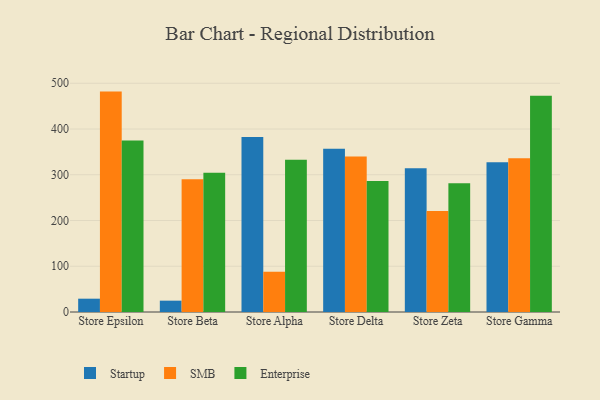
{"axis": {"x": "Store", "y": "Churn Rate (%)"}, "legend": ["Enterprise", "SMB", "Startup"], "data": [{"x": "Store Epsilon", "y": 29.1, "type": "Startup"}, {"x": "Store Epsilon", "y": 481.8, "type": "SMB"}, {"x": "Store Epsilon", "y": 374.9, "type": "Enterprise"}, {"x": "Store Beta", "y": 24.8, "type": "Startup"}, {"x": "Store Beta", "y": 290.2, "type": "SMB"}, {"x": "Store Beta", "y": 304.6, "type": "Enterprise"}, {"x": "Store Alpha", "y": 382.4, "type": "Startup"}, {"x": "Store Alpha", "y": 88.0, "type": "SMB"}, {"x": "Store Alpha", "y": 332.7, "type": "Enterprise"}, {"x": "Store Delta", "y": 357.1, "type": "Startup"}, {"x": "Store Delta", "y": 339.8, "type": "SMB"}, {"x": "Store Delta", "y": 286.2, "type": "Enterprise"}, {"x": "Store Zeta", "y": 314.0, "type": "Startup"}, {"x": "Store Zeta", "y": 220.6, "type": "SMB"}, {"x": "Store Zeta", "y": 281.7, "type": "Enterprise"}, {"x": "Store Gamma", "y": 327.2, "type": "Startup"}, {"x": "Store Gamma", "y": 336.2, "type": "SMB"}, {"x": "Store Gamma", "y": 472.5, "type": "Enterprise"}]}